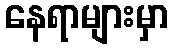
နေရာများမှာ